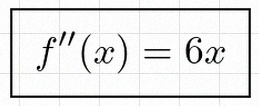
f''(x)=6x